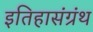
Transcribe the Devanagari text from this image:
इतिहासंग्रंथ